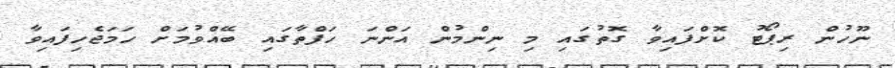
ނޫހުން ރިޕޯޓު ކޮށްފައިވާ ގޮތުގައި މި ނިންމުން އަންނަ ހަފްތާގައި ބޭއްވުމަށް ހަމަޖެހިފައިވާ